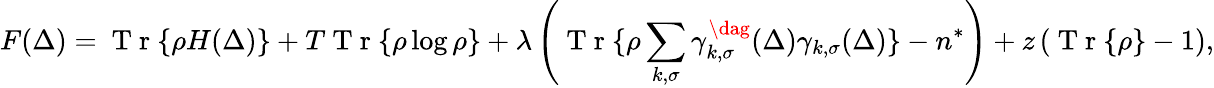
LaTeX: F(\Delta)=\mathrm{~T~r~}\{ \rho H(\Delta)\} +T\mathrm{~T~r~}\{ \rho\log\rho\} +\lambda\left(\mathrm{~T~r~}\{ \rho\sum_{k,\sigma}\gamma_{k,\sigma}^{\dag}(\Delta)\gamma_{k,\sigma}(\Delta)\} -n^{*}\right)+z\left(\mathrm{~T~r~}\{ \rho\} -1\right),